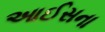
આઈસના